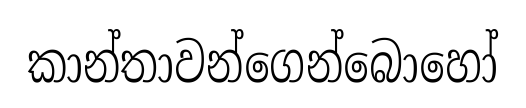
කාන්තාවන්ගෙන්බොහෝ